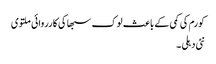
کورم کی کمی کے باعث لوک سبھا کی کارروائی ملتوی
نئی دہلی ۔